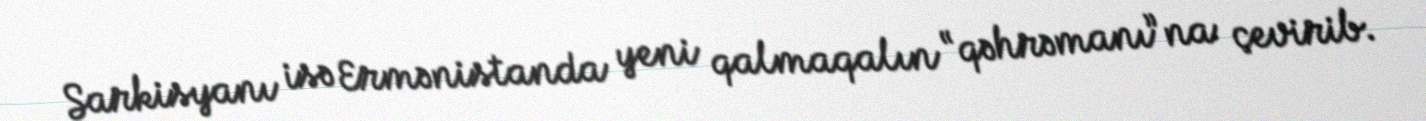
Sarkisyanı isə Ermənistanda yeni qalmaqalın “qəhrəmanı”na çevirib.